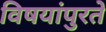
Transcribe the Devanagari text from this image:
विषयांपुरते